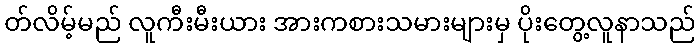
တ်လိမ့်မည် လူကီးမီးယား အားကစားသမားများမှ ပိုးတွေ့လူနာသည်